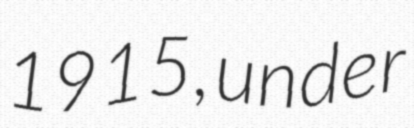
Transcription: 1915, under